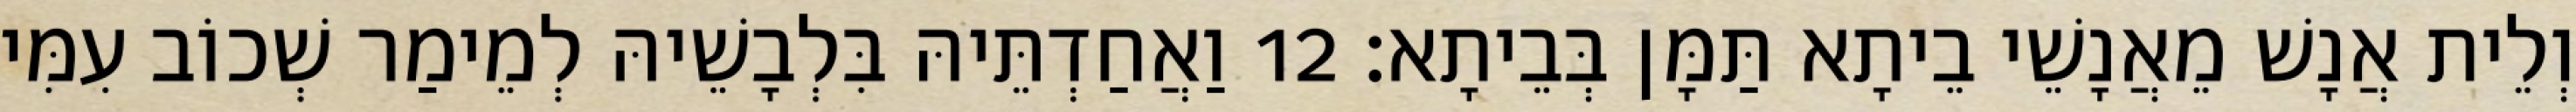
וְלֵית אֲנָשׁ מֵאֲנָשֵׁי בֵיתָא תַּמָּן בְּבֵיתָא׃ 12 וַאֲחַדְתֵּיהּ בִּלְבָשֵׁיהּ לְמֵימַר שְׁכוֹב עִמִּי